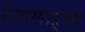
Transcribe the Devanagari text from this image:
रेखणाऱ्या